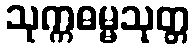
သုက္ကဓမ္မသုတ္တ